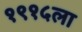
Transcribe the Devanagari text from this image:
१९१५ला